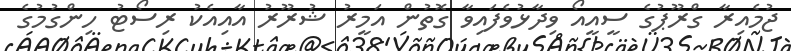
ޖުމެއިރާ ގްރޫޕުގެ ސީއީއޯ ވިދާޅުވެފައިވާ ގޮތުން އަމީރު ޝުރޫރު އާއިއެކު ރިސޯޓު ހިންގުމުގެ